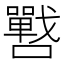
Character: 𭌓